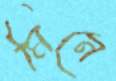
মিনে